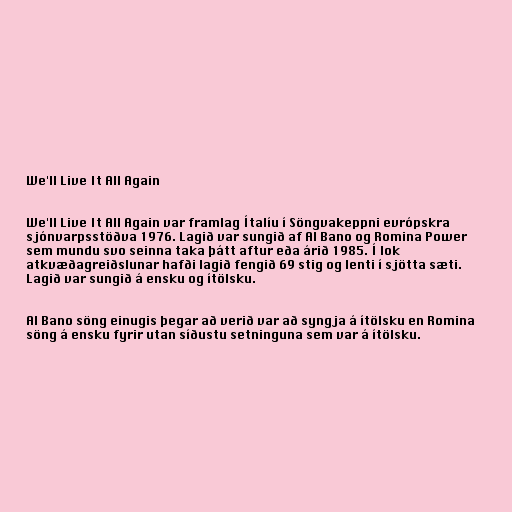
We'll Live It All Again

We'll Live It All Again var framlag Ítalíu í Söngvakeppni evrópskra
sjónvarpsstöðva 1976. Lagið var sungið af Al Bano og Romina Power
sem mundu svo seinna taka þátt aftur eða árið 1985. Í lok
atkvæðagreiðslunar hafði lagið fengið 69 stig og lenti í sjötta sæti.
Lagið var sungið á ensku og ítölsku.

Al Bano söng einugis þegar að verið var að syngja á ítölsku en Romina
söng á ensku fyrir utan síðustu setninguna sem var á ítölsku.